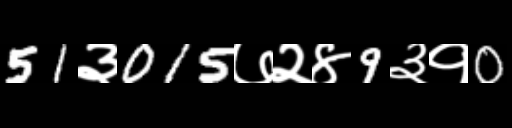
Text: 51३015७२४9३१0